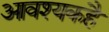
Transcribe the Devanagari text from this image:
आवश्यकहै